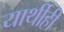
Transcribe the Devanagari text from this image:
यार्थीही